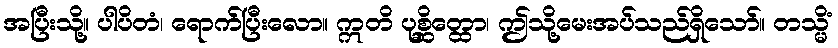
အပြီးသို့။ ပါပိတံ၊ ရောက်ပြီးလော။ ဣတိ ပုစ္ဆိတ္ထော၊ ဤသို့မေးအပ်သည်ရှိသော်။ တသ္မိံ